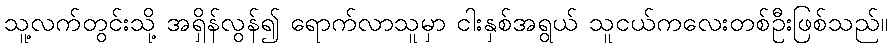
သူ့လက်တွင်းသို့ အရှိန်လွန်၍ ရောက်လာသူမှာ ငါးနှစ်အရွယ် သူငယ်ကလေးတစ်ဦးဖြစ်သည်။